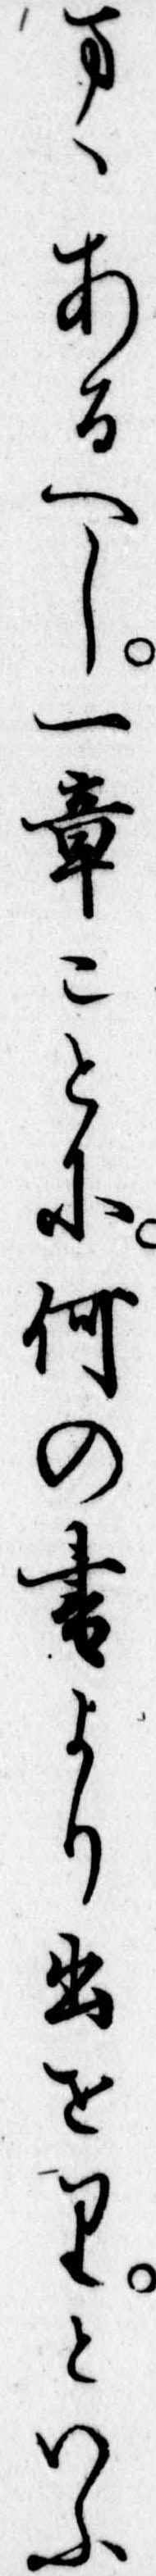
まゝあるへし一章ことに何の書より出せりといふ